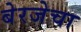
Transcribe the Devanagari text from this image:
बेरजेचा